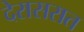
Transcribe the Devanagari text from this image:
देरासरात